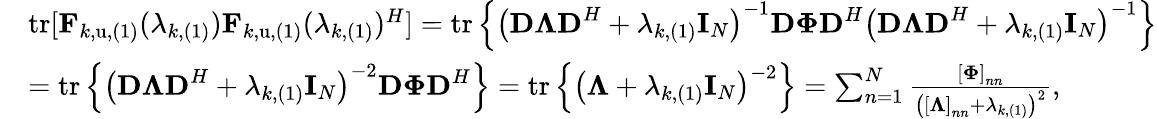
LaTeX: \begin{array}{rl}&{\mathrm{tr[}\mathbf{F}_{k,\mathrm{u},(1)}(\lambda_{k,(1)})\mathbf{F}_{k,\mathrm{u},(1)}(\lambda_{k,(1)})^{H}]=\mathrm{tr}\left\{ \left(\mathbf{D\Lambda D}^{H}+\lambda_{k,(1)}\mathbf{I}_{N}\right)^{-1}\mathbf{D\Phi D}^{H}\left(\mathbf{D\Lambda D}^{H}+\lambda_{k,(1)}\mathbf{I}_{N}\right)^{-1}\right\} }\\ &{=\mathrm{tr}\left\{ \left(\mathbf{D\Lambda D}^{H}+\lambda_{k,(1)}\mathbf{I}_{N}\right)^{-2}\mathbf{D\Phi D}^{H}\right\} =\mathrm{tr}\left\{ \left(\mathbf{\Lambda}+\lambda_{k,(1)}\mathbf{I}_{N}\right)^{-2}\right\} =\sum_{n=1}^{N}{\frac{\left[\mathbf{\Phi}\right]_{nn}}{\left(\left[\mathbf{\Lambda}\right]_{nn}+\lambda_{k,(1)}\right)^{2}}},}\end{array}